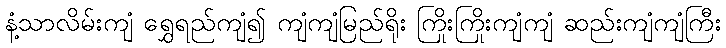
နံ့သာလိမ်းကျံ ရွှေရည်ကျံ၍ ကျံကျံမြည်ရိုး ကြိုးကြိုးကျံကျံ ဆည်းကျံကျံကြီး